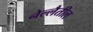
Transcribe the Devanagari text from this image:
नेल्लैतील